Vaccine operations Central Provinces & Berar 1912-1920 - 1912-1920
Year: 1912
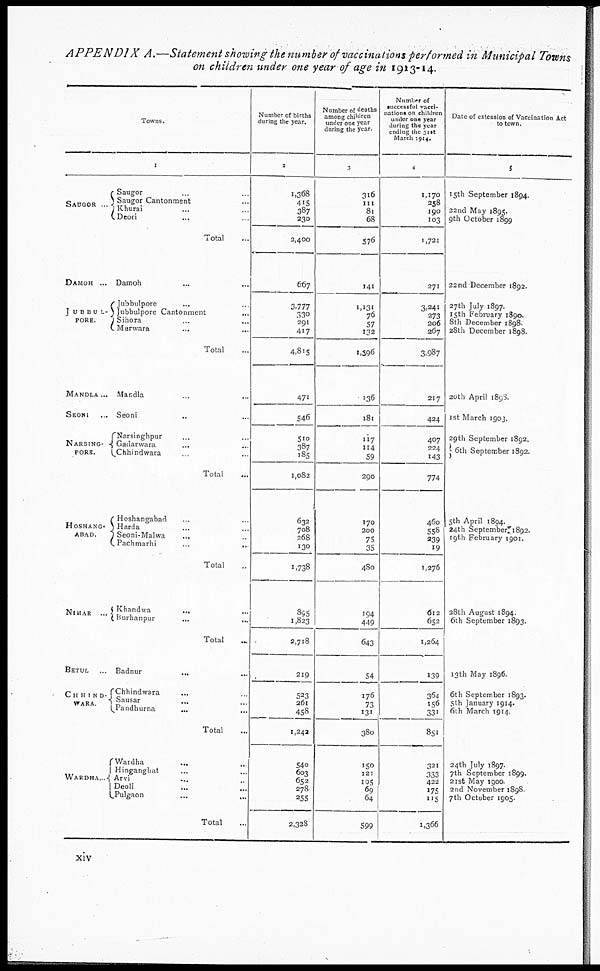
APPENDIX
A.—Statement showing the number of vaccinations performed in Municipal Towns
on children under one year of age in 1913-14.
Towns.
1
SAUGOR ...
DAMOH ...
JUBBUL¬
PORE.
MANDLA ...
SEONI ...
NARSING¬
PORE.
HOSHANG¬
ABAD.
NIMAR ...
BETUL
...
CHHIND¬
WARA.
WARDHA...
Saugor ... ...
Saugor Cantonment ...
Khurai ... ...
Deori ... ...
Total ...
Damoh ... ...
Jubbulpore ... ...
Jubbulpore Cantonment ...
Sihora ... ...
Murwara ... ...
Total ...
Mandla ... ...
Seoni ... ...
Narsinghpur ... ...
Gadarwara ... ...
Chhindwara ... ...
Total ...
Hoshangabad ... ...
Harda ... ...
Seoni-Malwa ... ...
Pachmarhi ... ...
Total ...
Khandwa ... ...
Burhanpur ... ...
Total ...
Badnur
... ...
Chhindwara
... ...
Sausar ... ...
Pandhurna ... ...
Total ...
Wardha
... ...
Hinganghat ... ...
Arvi ... ...
Deoli ... ...
Pulgaon ... ...
Total ...
Number of births
during the year.
2
1,368
415
387
230
2,400
667
3,777
330
291
417
4,815
471
546
510
387
185
1,082
632
708
268
130
1,738
895
1,823
2,718
219
523
261
458
1,242
540
603
652
278
255
2,328
Number of deaths
among children
under one year
during the year.
3
316
111
81
68
576
141
1,131
76
57
132
1,596
136
181
117
114
59
290
170
200
75
35
480
194
449
643
54
176
73
131
380
150
121
195
69
64
599
Number of
successful vacci-
nations on children
under one year
during the year
ending the 31st
March 1914.
4
1,170
258
190
103
1,721
271
3,241
273
206
267
3,987
217
424
407
224
143
774
460
558
239
19
1,276
612
652
1,264
139
364
156
331
851
321
333
422
175
115
1,366
Date of extension of Vaccination Act
to town.
5
15th September 1894.
22nd May 1895.
9th October 1899
22nd December 1892.
27th July 1897.
15th February 1890.
8th December 1898.
28th December 1898.
20th April 1898.
1st March 1903.
29th September 1892.
6th September 1892.
5th April 1894.
24th September 1892.
19th February 1901.
28th August 1894.
6th September 1893.
13th May 1896.
6th September 1893.
5th January 1914.
6th March 1914.
24th July 1897.
7th September 1899.
21st May 1900.
2nd November 1898.
7th October 1905.
xiv